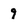
Character: 9